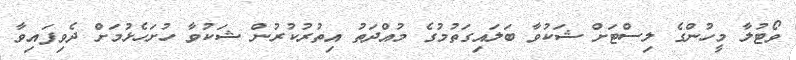
ވޯޓުލާ މީހުންގެ ލިސްޓަށް ޝަކުވާ ބަލައިގަތުމުގެ މުއްދަތު އިތުރުކުރުން ޝަކުވާ ހުށަހެޅުމަށް ދެވިފައިވާ